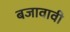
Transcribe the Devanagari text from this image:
बजावावी